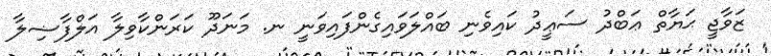
ޒަވާޖީ ޙަޔާތް ޢަބްދު ސަޢީދު ކައިވެނި ބައްލަވައިގެންފައިވަނީ ނ. މަނަދޫ ކަރަންކާވިލާ އަލްފާޟިލާ